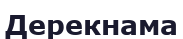
Дерекнама